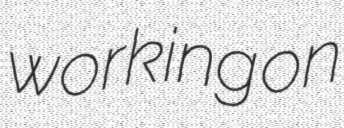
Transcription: working on